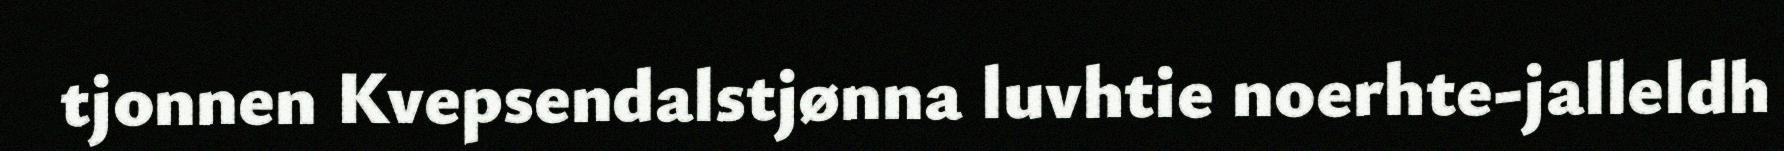
tjonnen Kvepsendalstjønna luvhtie noerhte-jalleldh